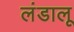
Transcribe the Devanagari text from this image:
लंडालू